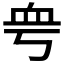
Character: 𧖨